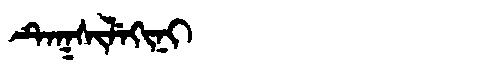
Manchu: ᡨᡝᡴᠰᡳᠯᡝᡴᡳᠨᡳ
Romanization: TEKSILEKINI